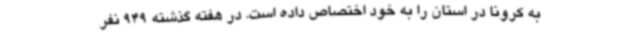
به کرونا در استان را به خود اختصاص داده است. در هفته گذشته 949 نفر